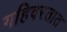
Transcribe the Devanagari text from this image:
गहिवरतात